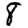
Digit: 8